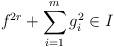
LaTeX: \begin{align*}f^{2r}+\sum_{i=1}^m g_i^2\in I \end{align*}